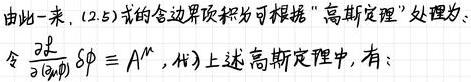
由此一来, (2.5) 式的含边界项积分可根据 “高斯定理” 处理为:
令 $\frac{\partial \mathcal{L}}{\partial\left(\partial_{\mu} \phi\right)} \delta \phi \equiv A^{\mu}$, 代入上述高斯定理中, 有: